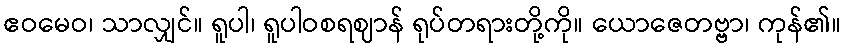
ဧဝမေဝ၊ သာလျှင်။ ရူပါ၊ ရူပါဝစရဈာန် ရုပ်တရားတို့ကို။ ယောဇေတဗ္ဗာ၊ ကုန်၏။